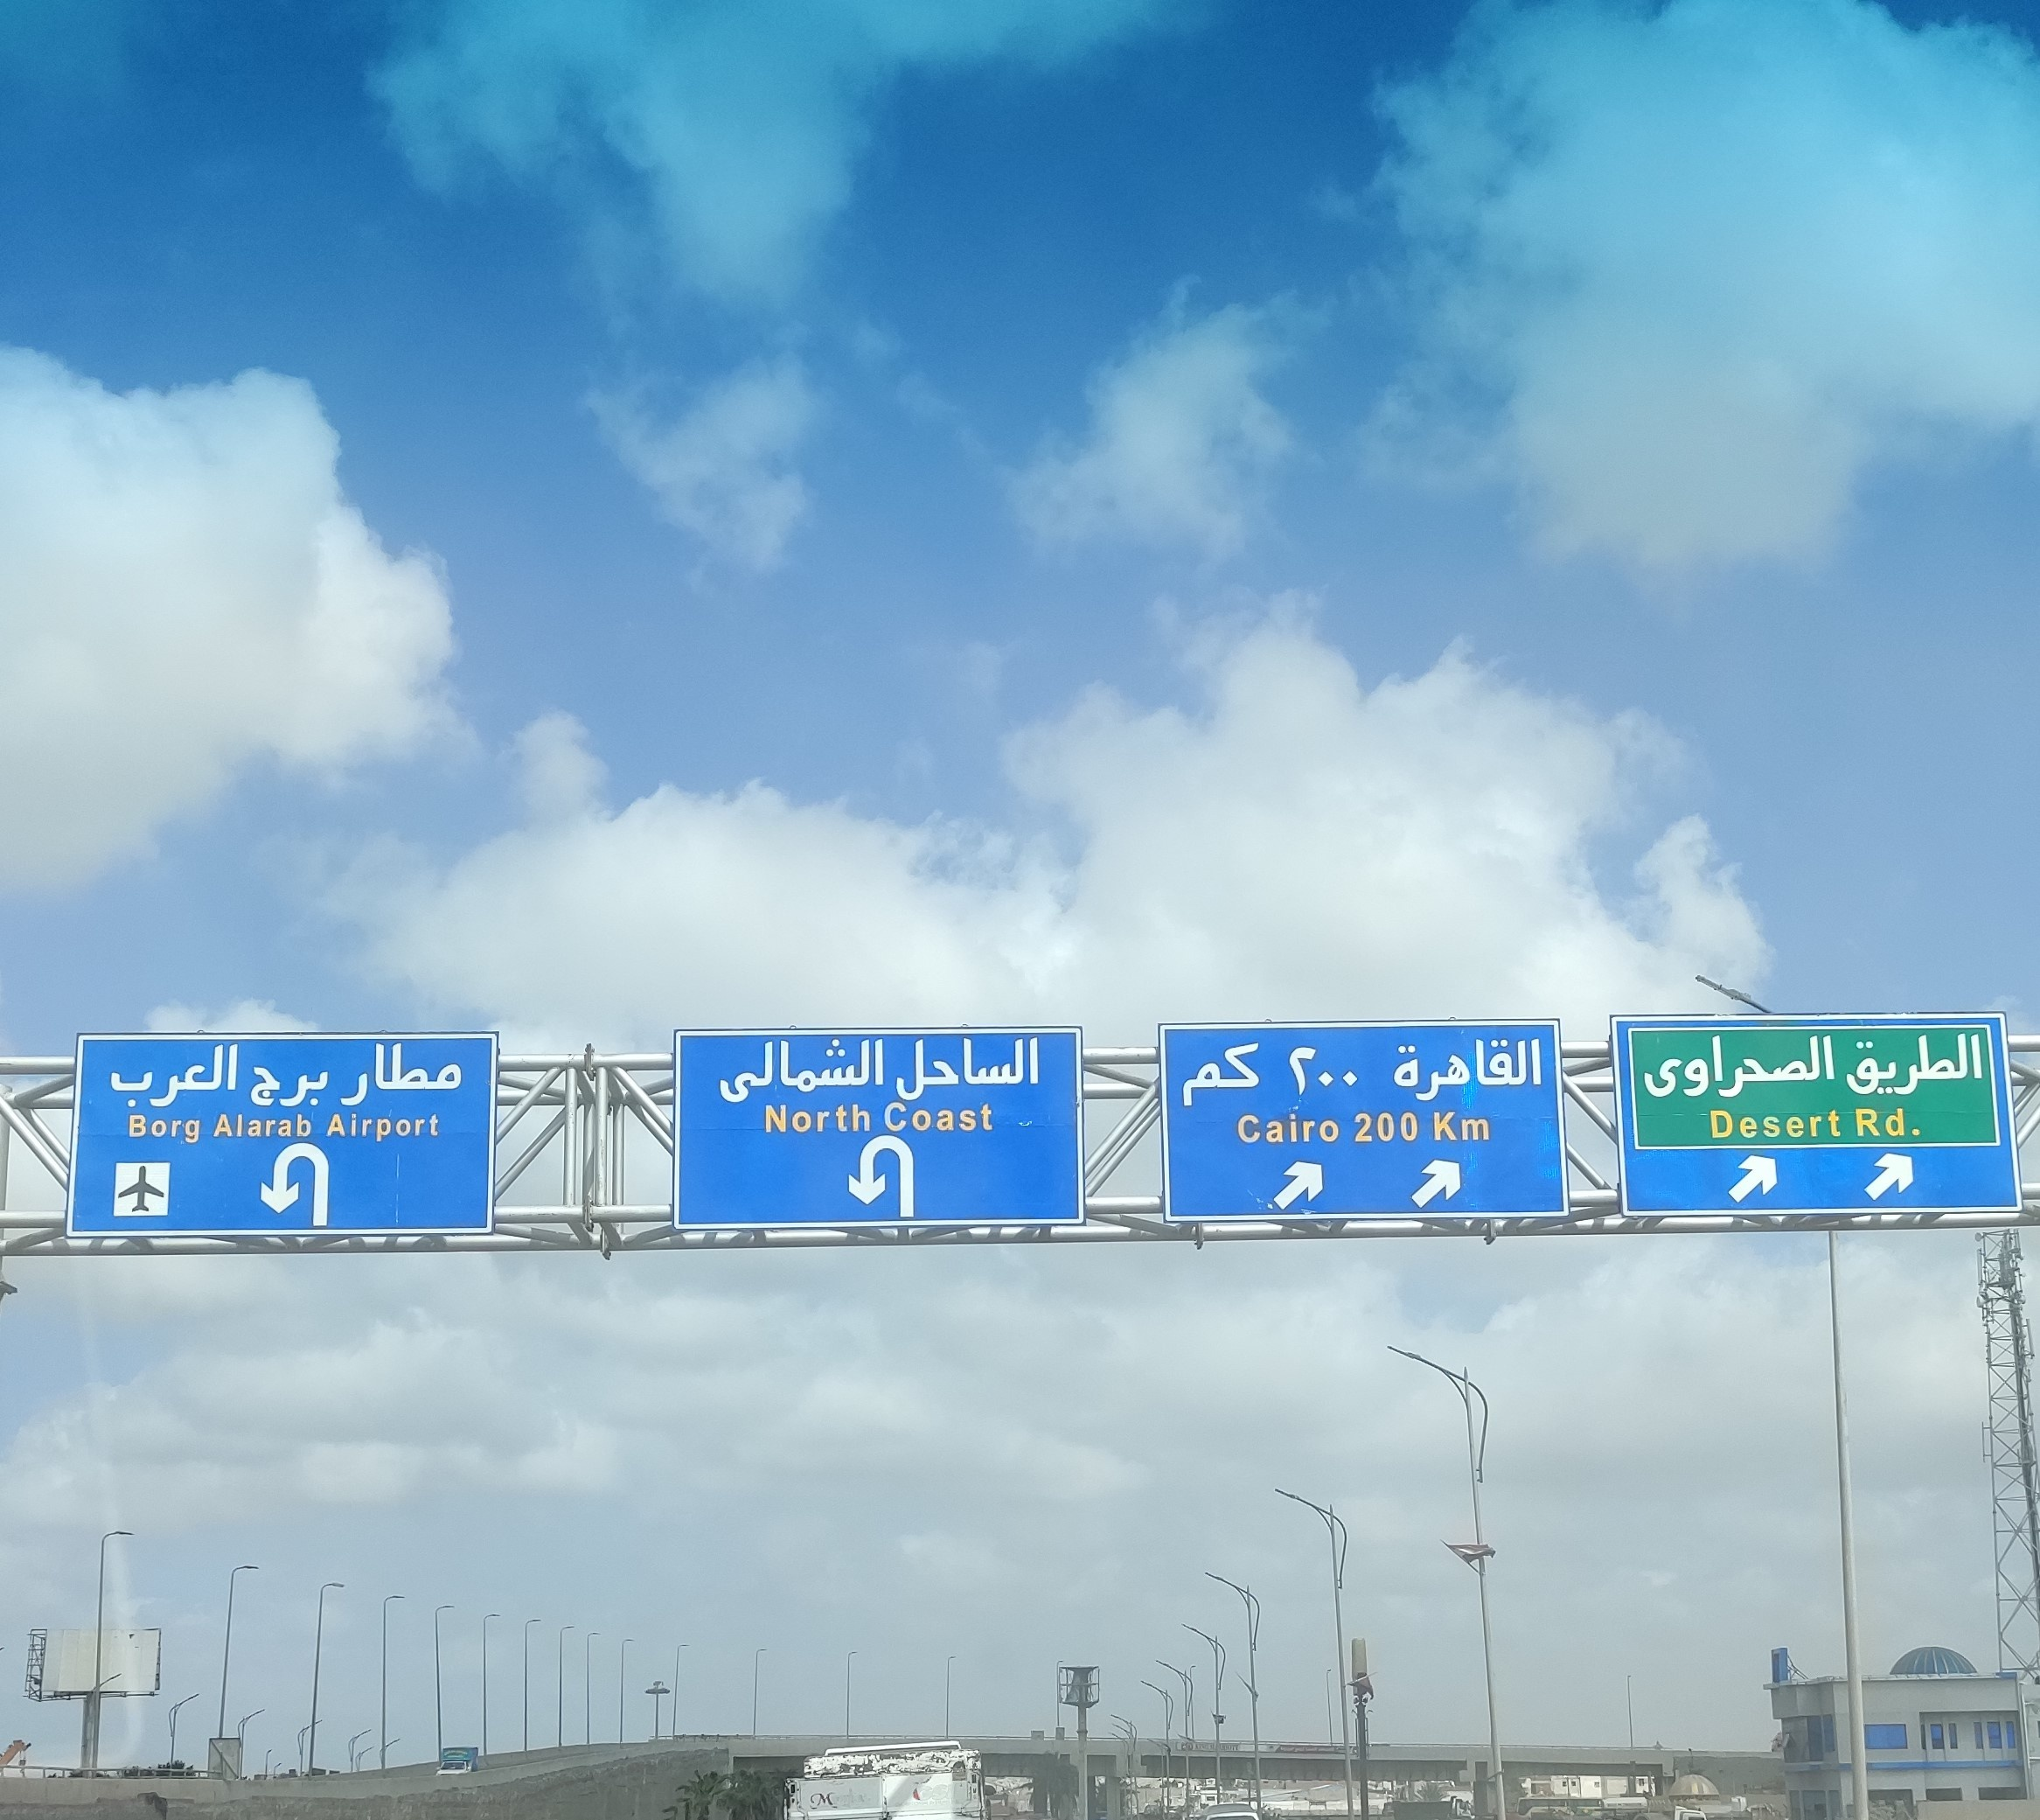
Text in image: الطريق الصحراوى الساحل القاهرة الشمالى 200 مطار كم العرب برج Coast North Rd. Desert Alarab Airport Borg Cairo 200 Km